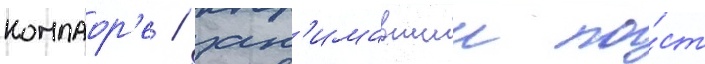
компаор'е / зан'имавшии по́ст